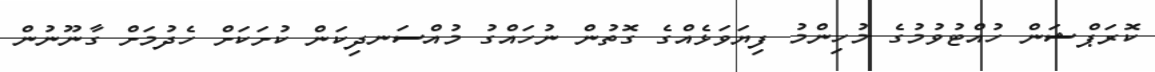
ކޮރަޕްޝަން ހުއްޓުވުމުގެ މުހިންމު ފިޔަވަޅެއްގެ ގޮތުން ނުހައްގު މުއްސަނދިކަން ކުށަކަށް ހެދުމަށް ގާނޫނުން